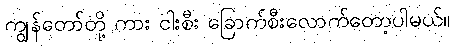
ကျွန်တော်တို့ ကား ငါးစီး ခြောက်စီးလောက်တော့ပါမယ်။